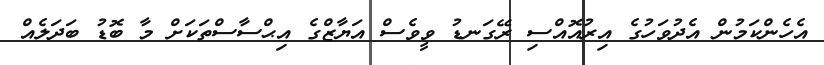
އެހެންކަމުން އެދުވަހުގެ އިރުއޮއްސި ރޭގަނޑު ވީވެސް އަޔާޒްގެ އިޙްސާސްތަކަށް މާ ބޮޑު ބަދަލެއް